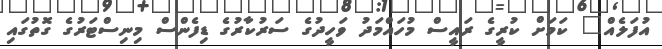
އުފަލެއް" ކަމަށް ކުރީގެ ރައީސް މުހައްމަދު ވަހީދުގެ ސަރުކާރުގެ ޑިފެންސް މިނިސްޓަރުގެ ގޮތުގައި